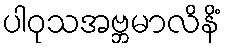
ပါဝုသအဗ္ဘမာလိနိံ